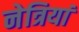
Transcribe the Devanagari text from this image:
नेत्रियां